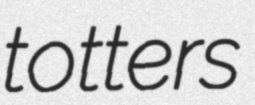
totters